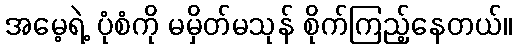
အမေ့ရဲ့ ပုံစံကို မမှိတ်မသုန် စိုက်ကြည့်နေတယ်။